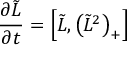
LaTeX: { \frac { \partial \tilde { L } } { \partial t } } = \left[ \tilde { L } , \left( \tilde { L } ^ { 2 } \right) _ { + } \right]